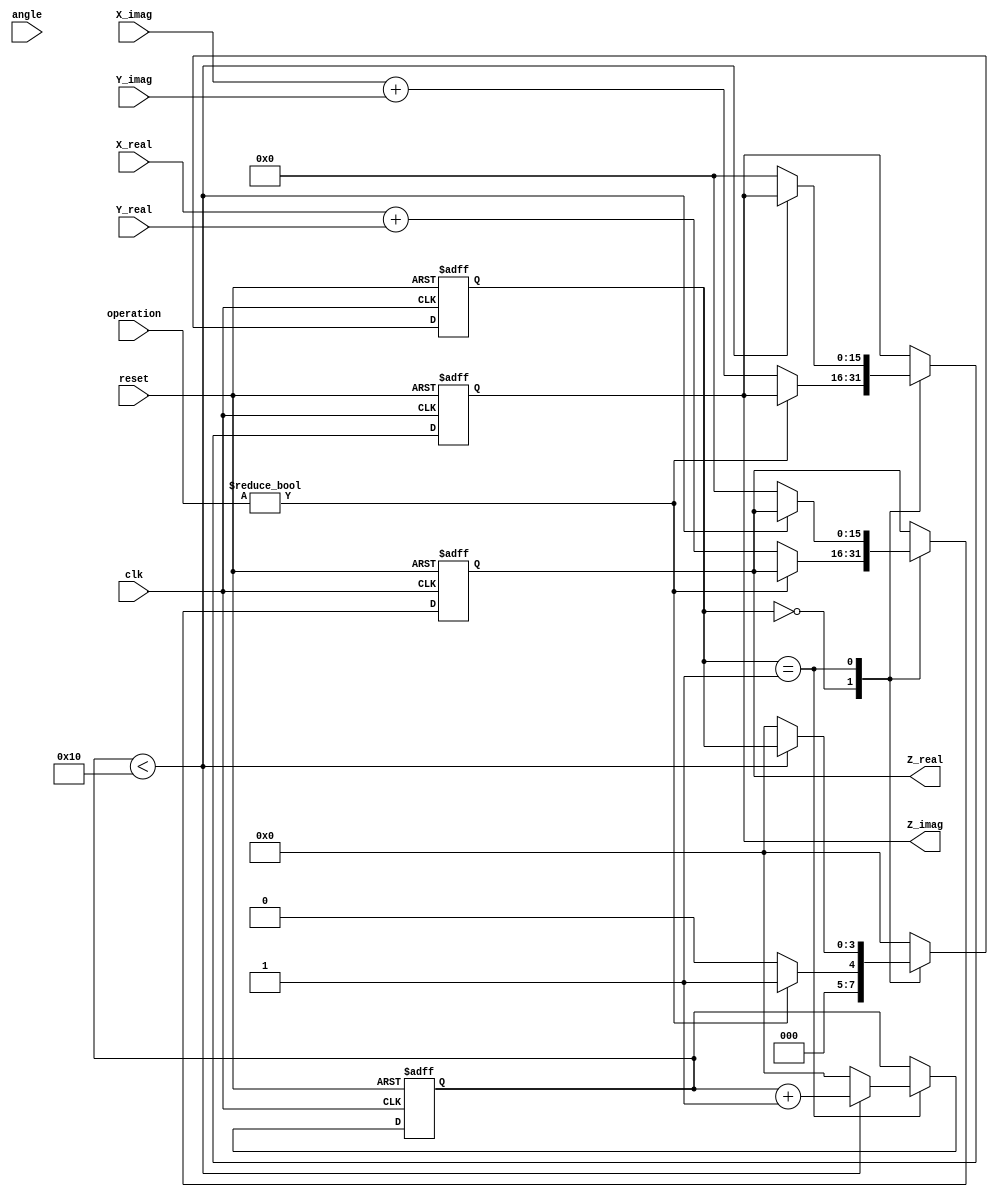
module complex_cordic (
    input signed [15:0] X_real,
    input signed [15:0] X_imag,
    input signed [15:0] Y_real,
    input signed [15:0] Y_imag,
    input [2:0] operation, // 0: Add, 1: Subtract, 2: Multiply, 3: Divide, 4: Rotate
    input signed [15:0] angle, // Input angle for rotation
    output reg signed [15:0] Z_real,
    output reg signed [15:0] Z_imag,
    input clk,
    input reset
);

    // Internal registers
    reg signed [15:0] x, y; // Working registers for CORDIC
    reg signed [15:0] z; // Angle register
    reg [3:0] state; // FSM state
    reg [3:0] iteration; // Iteration count
    reg [15:0] K; // Scaling factor (to be defined based on CORDIC gain)
    
    // CORDIC gain (for example, K = 0.6072529350088812561694)
    initial begin
        K = 16'h26D1; // Example fixed-point representation (need to scale appropriately)
    end

    // State Machine for CORDIC operations
    always @(posedge clk or posedge reset) begin
        if (reset) begin
            state <= 0;
            iteration <= 0;
            Z_real <= 0;
            Z_imag <= 0;
            x <= 0;
            y <= 0;
            z <= 0;
        end else begin
            case (state)
                0: begin // Initialization
                    x <= X_real;
                    y <= X_imag;
                    z <= angle;
                    if (operation != 4'b0000) // If not addition
                        state <= 1; // Move to operation state
                    else begin
                        Z_real <= X_real + Y_real;
                        Z_imag <= X_imag + Y_imag;
                        state <= 0; // Back to initialization
                    end
                end
                
                1: begin // Start CORDIC iterations
                    if (iteration < 16) begin // Example: 16 iterations
                        // Perform CORDIC rotation or other operations based on state
                        // Pseudocode for rotation:
                        if (z < 0) begin
                            // Rotate clockwise
                            x <= x + (y >> iteration);
                            y <= y - (x >> iteration);
                            z <= z + atan_table[iteration]; // atan_table needs to be defined
                        end else begin
                            // Rotate counter-clockwise
                            x <= x - (y >> iteration);
                            y <= y + (x >> iteration);
                            z <= z - atan_table[iteration]; // atan_table needs to be defined
                        end
                        iteration <= iteration + 1;
                    end else begin
                        Z_real <= (x * K) >> 16; // Scale output
                        Z_imag <= (y * K) >> 16; // Scale output
                        state <= 0; // Back to initialization
                        iteration <= 0; // Reset iteration count
                    end
                end
                
                // Additional states for multiplication, division can be added here

                default: state <= 0; // Safety state
            endcase
        end
    end

    // Lookup table for atan values (example values, need to be defined)
    reg signed [15:0] atan_table [0:15]; // Example LUT for atan values
    initial begin
        atan_table[0] = 16'h2000; // atan(1)
        atan_table[1] = 16'h1400; // atan(0.5)
        atan_table[2] = 16'h0A00; // atan(0.25)
        // Continue filling in the table...
    end

endmodule